Civil Veterinary Dept. Bombay admin report 1932-41 - 1932-1941
Year: 1932
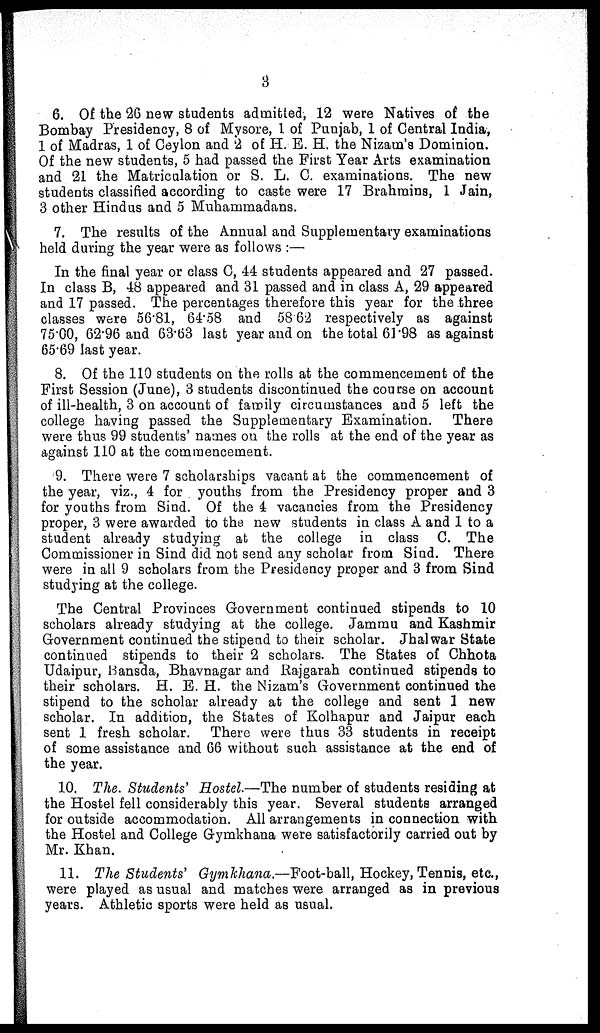
3
6. Of the 26 new students admitted, 12 were Natives of the
Bombay Presidency, 8 of Mysore, 1 of Punjab, 1 of Central India,
1 of Madras, 1 of Ceylon and 2 of H. E. H. the Nizam's Dominion.
Of the new students, 5 had passed the First Year Arts examination
and 21 the Matriculation or S. L. C. examinations. The new
students classified according to caste were 17 Brahmins, 1 Jain,
3 other Hindus and 5 Muhammadans.
7. The results of the Annual and Supplementary examinations
held during the year were as follows:—
In the final year or class C, 44 students appeared and 27 passed.
In class B, 48 appeared and 31 passed and in class A, 29 appeared
and 17 passed. The percentages therefore this year for the three
classes were 56.81, 64.58 and 58.62 respectively as against
75.00, 62.96 and 63.63 last year and on the total 61.98 as against
65.69 last year.
8. Of the 110 students on the rolls at the commencement of the
First Session (June), 3 students discontinued the course on account
of ill-health, 3 on account of family circumstances and 5 left the
college having passed the Supplementary Examination.
There
were thus 99 students' names on the rolls at the end of the year as
against 110 at the commencement.
9. There were 7 scholarships vacant at the commencement of
the year, viz., 4 for youths from the Presidency proper and 3
for youths from Sind. Of the 4 vacancies from the Presidency
proper, 3 were awarded to the new students in class A and 1 to a
student already studying at the college in class C. The
Commissioner in Sind did not send any scholar from Sind. There
were in all 9 scholars from the Presidency proper and 3 from Sind
studying at the college.
The Central Provinces Government continued stipends to 10
scholars already studying at the college. Jammu and Kashmir
Government continued the stipend to their scholar. Jhalwar State
continued stipends to their 2 scholars. The States of Chhota
Udaipur, Bansda, Bhavnagar and Rajgarah continued stipends to
their scholars. H. E. H. the Nizam's Government continued the
stipend to the scholar already at the college and sent 1 new
scholar. In addition, the States of Kolhapur and Jaipur each
sent 1 fresh scholar. There were thus 33 students in receipt
of some assistance and 66 without such assistance at the end of
the year.
10. The. Students' Hostel.—The number of students residing at
the Hostel fell considerably this year. Several students arranged
for outside accommodation. All arrangements in connection with
the Hostel and College Gymkhana were satisfactorily carried out by
Mr. Khan.
11. The Students' Gymkhana.—Foot-ball, Hockey, Tennis, etc.,
were played as usual and matches were arranged as in previous
years. Athletic sports were held as usual.